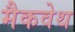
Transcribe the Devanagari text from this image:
मैकवेथ